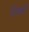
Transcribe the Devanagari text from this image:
टिंबली